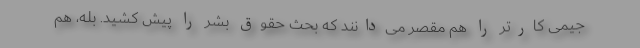
جیمی کارتر را هم مقصر می‌دانند که بحث حقوق بشر را پیش کشید. بله، هم